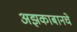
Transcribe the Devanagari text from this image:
अझकाबानचे